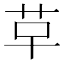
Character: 𮧓